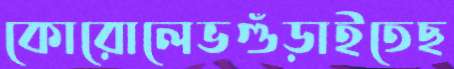
কোরোলেভগুঁড়াইতেছ